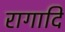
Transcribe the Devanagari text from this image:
रागादि